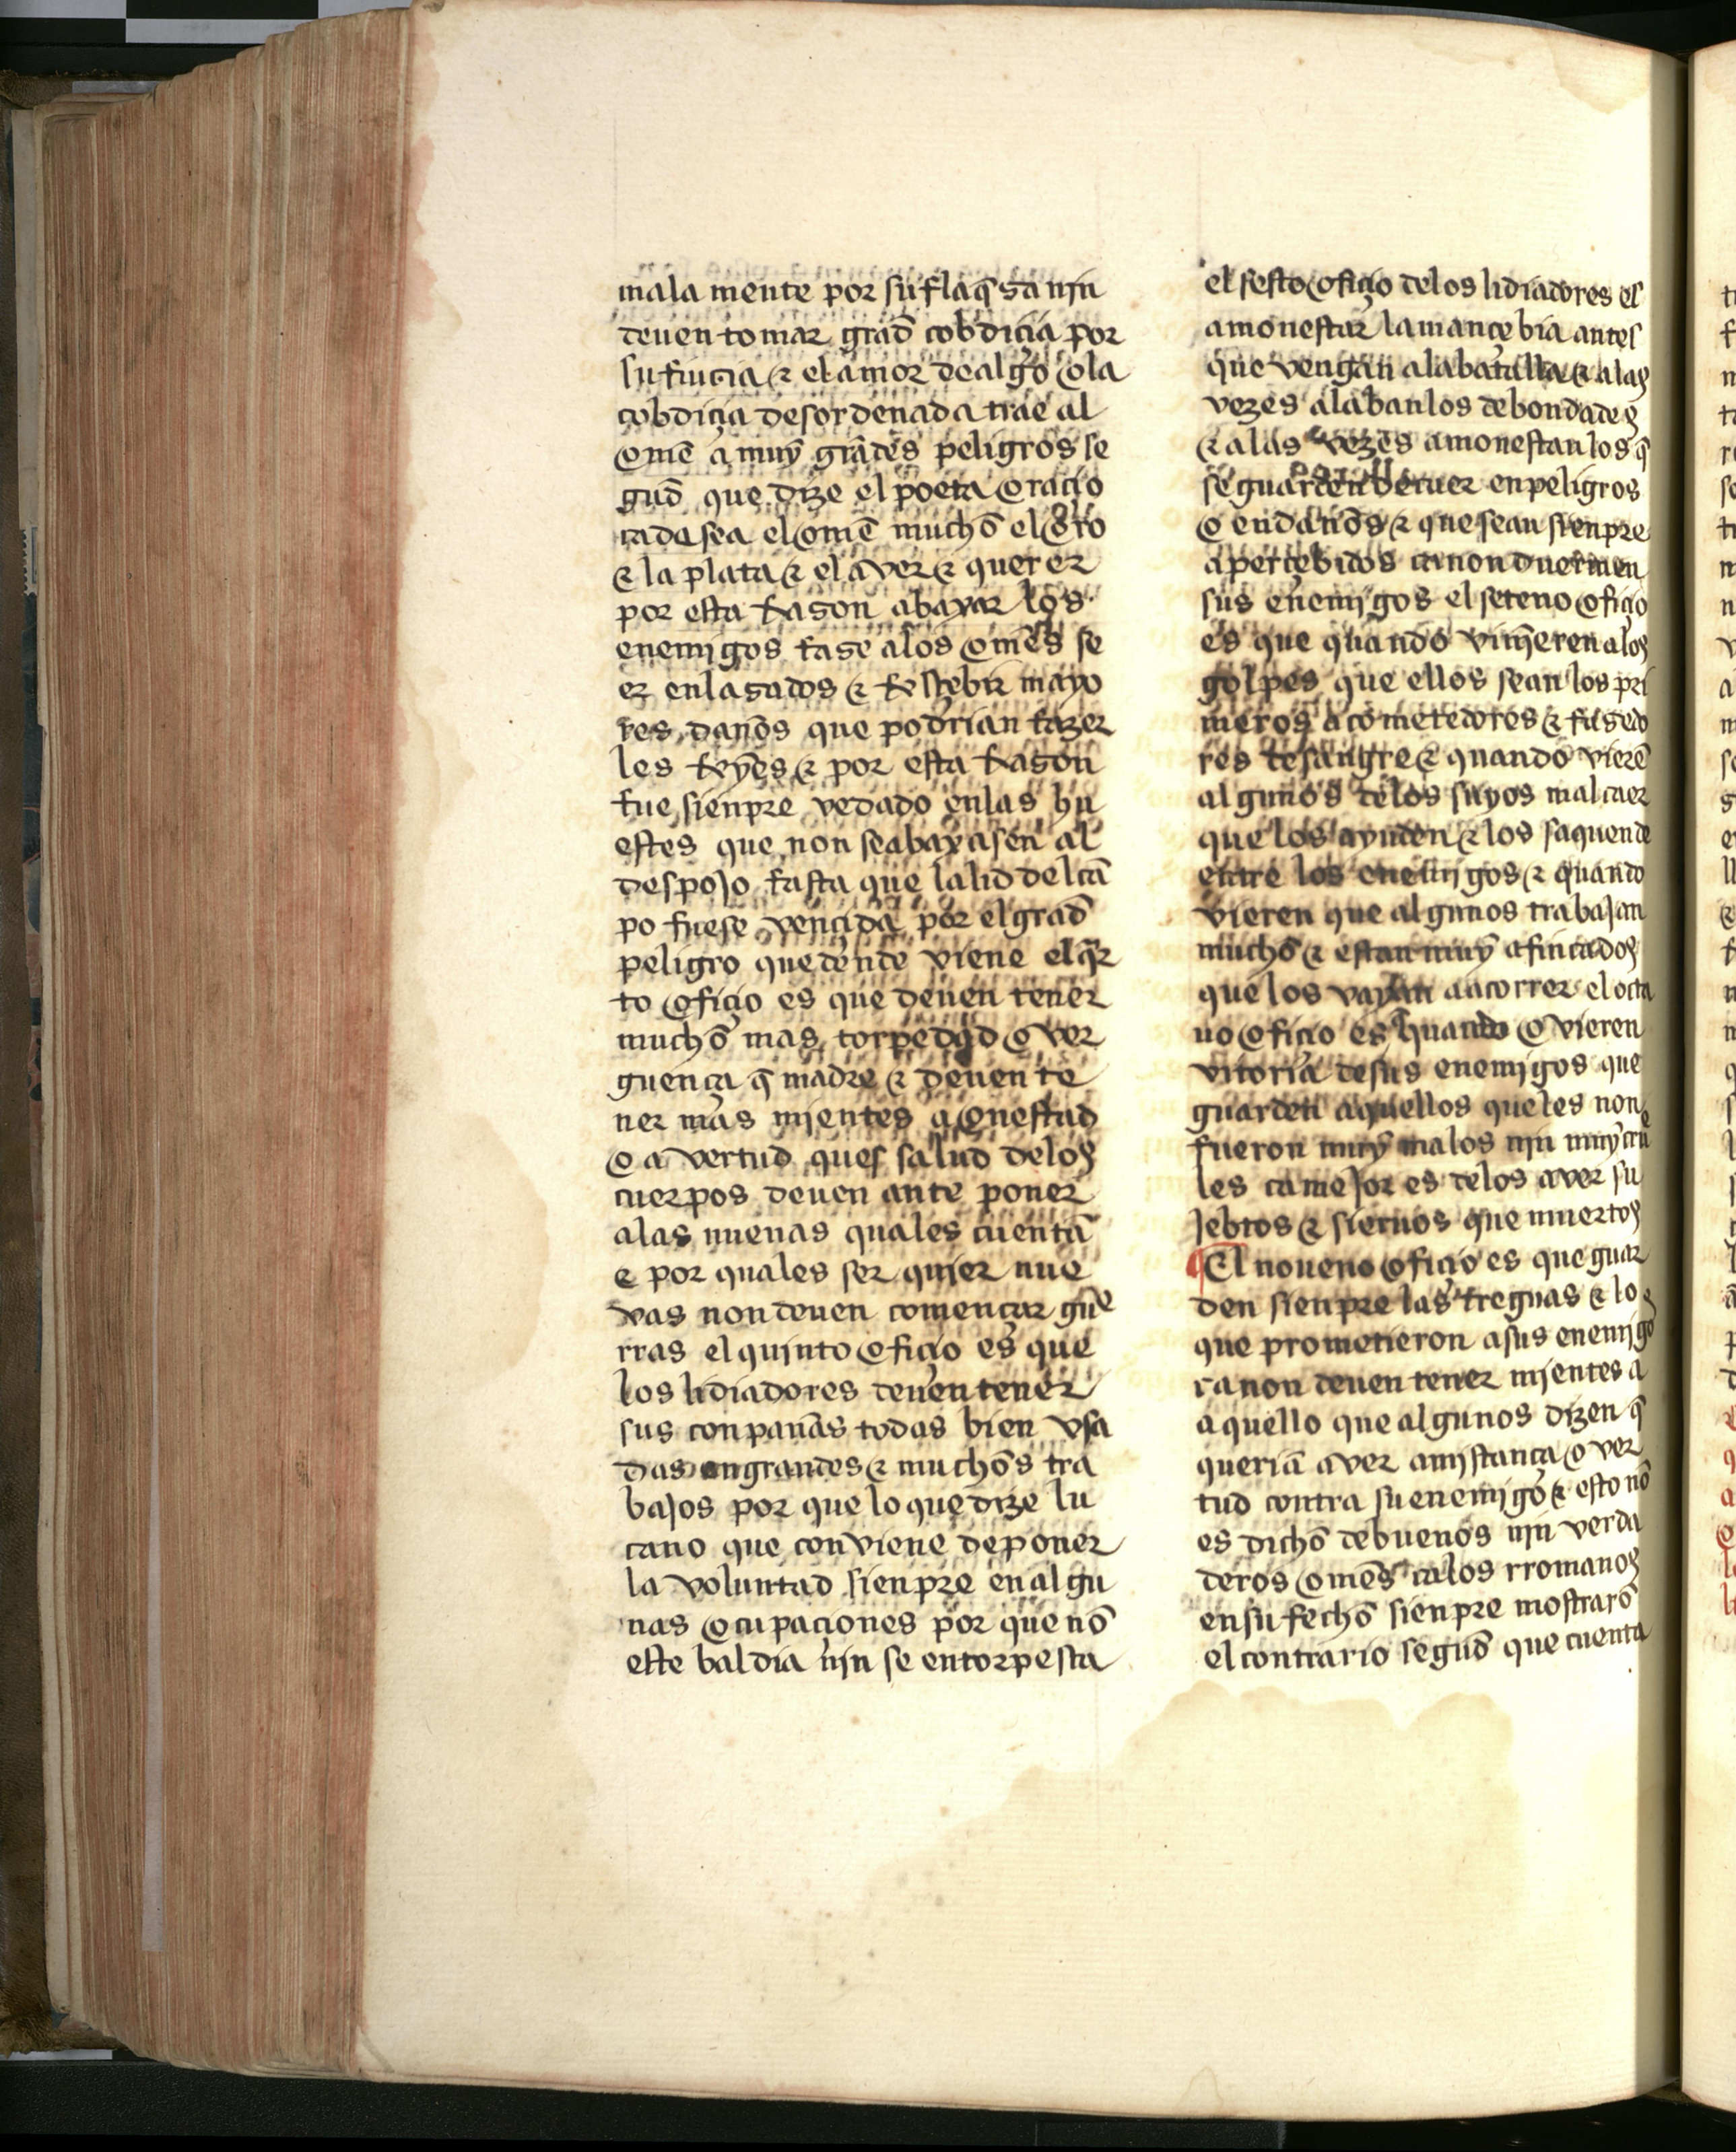
Shelfmark: Salamanca, Biblioteca Histórica USAL, 2709
Century: 15